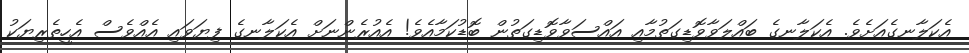
އެކަލާނގެއަށެވެ. އެކަލާނގެ ބައްލަވާވޮޑިގަތުމާއި އައްސަވާވޮޑިގަތުން ބޮޑުކަމާއެވެ! އެއުރެންނަށް އެކަލާނގެ ފިޔަވައި އެއްވެސް އެހީތެރިޔަކު